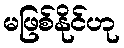
မဖြစ်နိုင်ဟု